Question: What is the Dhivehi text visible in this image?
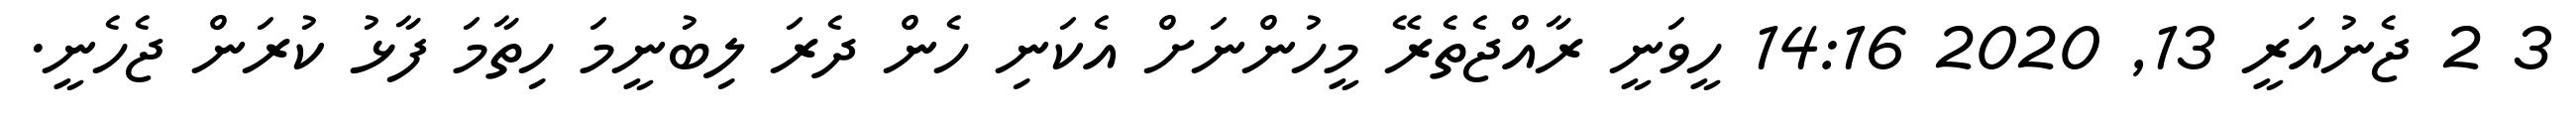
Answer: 3 2 ޖެނުއަރީ 13, 2020 14:16 ހީވަނީ ރާއްޖެތެރޭ މީހުންނަށް އެކަނި ހެން ދެރަ ލިބުނީމަ ހިތާމަ ފާޅު ކުރަން ޖެހެނީ.